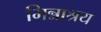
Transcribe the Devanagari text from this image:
भिन्नाश्रय